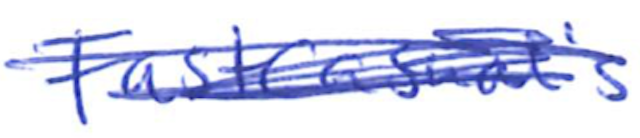
Text: FastCasual's
Cross-out: mix
Writing tool: ballpoint